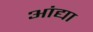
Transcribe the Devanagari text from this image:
आंद्या